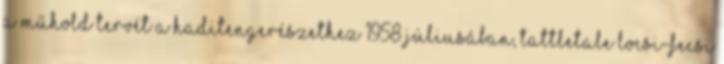
a műhold tervét a Haditengerészethez 1958 júliusában, Tattletale locsi-fecsi